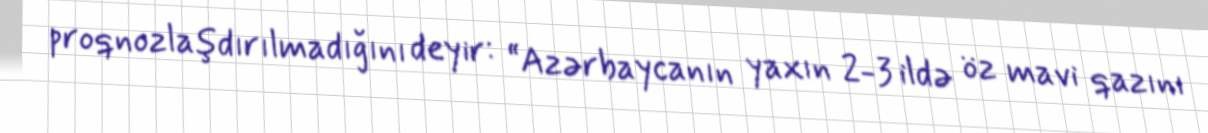
proqnozlaşdırılmadığını deyir: “Azərbaycanın yaxın 2-3 ildə öz mavi qazını